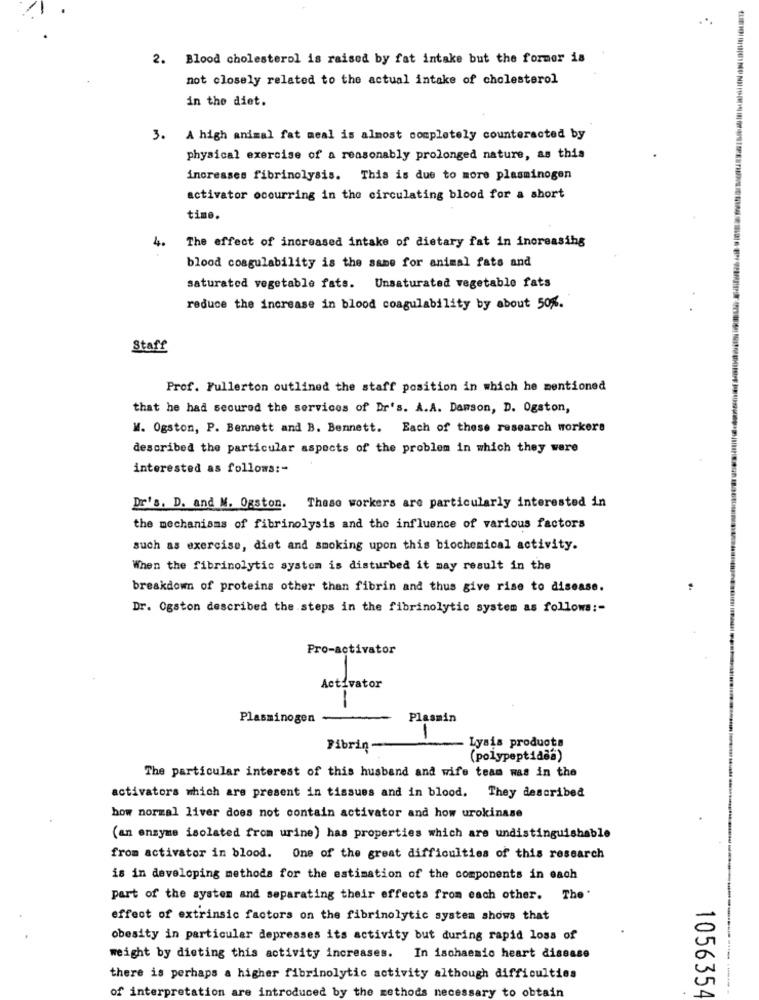
2. Blood cholesterol is raised by fat intake but the former is
not closely related to the actual intake of cholesterol
in the diet.
3. A high animal fat meal is almost completely counteracted by
physical exercise of a reasonably prolonged nature, as this
increases fibrinolysis. This is due to more plasminogen
activator occurring in the circulating blood for a short
time.
4.
The effect of increased intake of dietary fat in increasing
blood coagulability is the same for animal fats and
saturated vegetable fats. Unsaturated vegetable fats
reduce the increase in blood coagulability by about 50%.
Staff
Prof. Fullerton outlined the staff position in which he mentioned
that he had secured the services of Dr's. A.A. Dawson, D. Ogston,
W. Ogston, P. Bennett and B. Bennett. Each of these research workers
described the particular aspects of the problem in which they were
interested as follows :-
Dr's. D. and M. Ogston. These workers are particularly interested in
the mechanisms of fibrinolysis and the influence of various factors
such as exercise, diet and smoking upon this biochemical activity.
When the fibrinolytic system is disturbed it may result in the
breakdown of proteins other than fibrin and thus give rise to disease.
Dr. Ogston described the steps in the fibrinolytic system as follows :-
Pro-activator
Plasminogen
Plasmin
Lysis products
Fibrin
(polypeptidas)
The particular interest of this husband and wife team was in the
activators which are present in tissues and in blood. They described
how normal liver does not contain activator and how urokinase
(an enzyme isolated from urine) has properties which are undistinguishable
from activator in blood. One of the great difficulties of this research
is in developing methods for the estimation of the components in each
part of the system and separating their effects from each other. The'
effect of extrinsic factors on the fibrinolytic system shows that
obesity in particular depresses its activity but during rapid loss of
weight by dieting this activity increases.
In ischaemio heart disease
there is perhaps a higher fibrinolytic activity although difficulties
of interpretation are introduced by the methods necessary to obtain
1056354